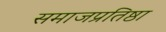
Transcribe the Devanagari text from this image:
समाजप्रतिष्ठा